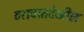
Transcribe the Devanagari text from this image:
ठरावातदेखील